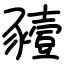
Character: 豷